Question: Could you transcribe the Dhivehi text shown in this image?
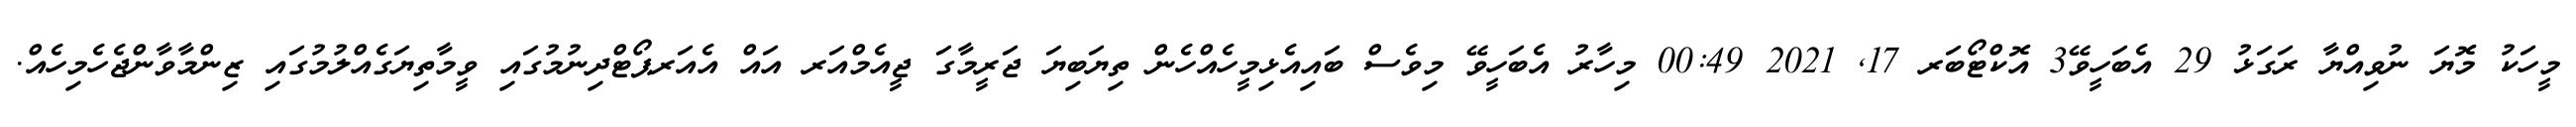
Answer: މީހަކު މޮޔަ ނުވިއްޔާ ރަގަޅު 29 އެބަހީވޭ3 އޮކްޓޯބަރ 17, 2021 00:49 މިހާރު އެބަހީވޭ މިވެސް ބައިއެޅިމީހެއްހެން ތިޔަބިޔަ ޖަރީމާގަ ޖީއެމްއަރ އައް އެއަރޕޯޓްދިނުމުގައި ވީމާތިޔަގެއްލުމުގައި ޒިންމާވާންޖެހެމިހެއް.